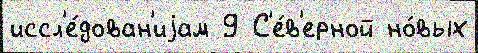
иссл'е́дован'иjам 9 С'е́в'ерной но́вых